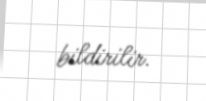
bildirilir.